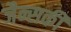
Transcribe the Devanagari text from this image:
जैन्सकी